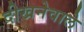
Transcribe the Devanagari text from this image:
दीखनेवाले